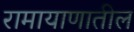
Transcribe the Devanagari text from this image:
रामायाणातील